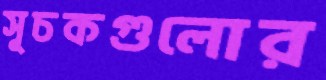
সূচকগুলোর